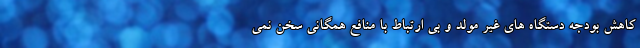
کاهش بودجه دستگاه های غیر مولد و بی ارتباط با منافع همگانی سخن نمی